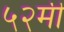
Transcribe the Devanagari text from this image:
५२मी